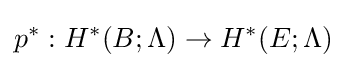
p^{*}:H^{*}(B;\Lambda )\to H^{*}(E;\Lambda )